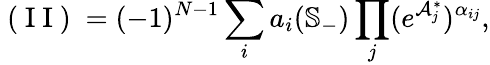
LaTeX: \mathrm{~(~I~I~)~}=(-1)^{N-1}\sum_{i}a_{i}(\mathbb{S}_{-})\prod_{j}(e^{\mathcal{A}_{j}^{\ast}})^{\alpha_{ij}},